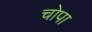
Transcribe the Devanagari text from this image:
चोपा